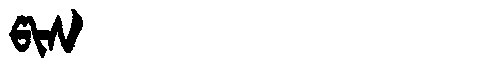
Manchu: ᡦᡳᠰ
Romanization: PIS